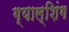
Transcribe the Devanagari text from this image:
ग्याल्शिंग